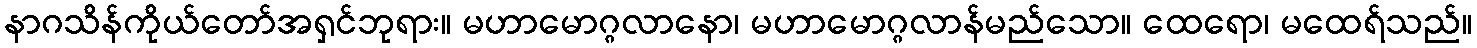
နာဂသိန်ကိုယ်တော်အရှင်ဘုရား။ မဟာမောဂ္ဂလာနော၊ မဟာမောဂ္ဂလာန်မည်သော။ ထေရော၊ မထေရ်သည်။